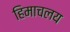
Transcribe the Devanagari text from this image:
हिमाचलय